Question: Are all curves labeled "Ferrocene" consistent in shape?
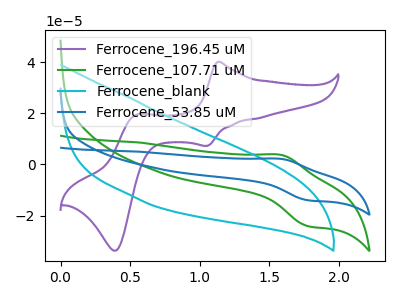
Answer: <think>The purple curve "Ferrocene_196.45 uM" has anodic peaks at (1.15V, 40.05uA) (0.55V, 19.45uA) and cathodic peaks at (1.05V, 7.20uA) (0.40V, -33.70uA). The green curve "Ferrocene_107.71 uM" has an anodic peak at (1.60V, 3.75uA) and a cathodic peak at (1.75V, -24.10uA). The cyan curve "Ferrocene_blank" has no peaks. The blue curve "Ferrocene_53.85 uM" has an anodic peak at (1.60V, 2.15uA) and a cathodic peak at (1.75V, -14.00uA).
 "Ferrocene_196.45 uM" and "Ferrocene_107.71 uM" have a different number of peaks. "Ferrocene_196.45 uM" and "Ferrocene_blank" have a different number of peaks. "Ferrocene_196.45 uM" and "Ferrocene_53.85 uM" have a different number of peaks. "Ferrocene_107.71 uM" and "Ferrocene_blank" have a different number of peaks. All the peaks in "Ferrocene_107.71 uM" have a peak in "Ferrocene_53.85 uM" at the same potential. Every peak in "Ferrocene_107.71 uM" is higher than every peak in "Ferrocene_53.85 uM". "Ferrocene_blank" and "Ferrocene_53.85 uM" have a different number of peaks.</think>
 <answer>All the CV's of "Ferrocene" have similar shape.</answer>
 <eval>follow_rule</eval>